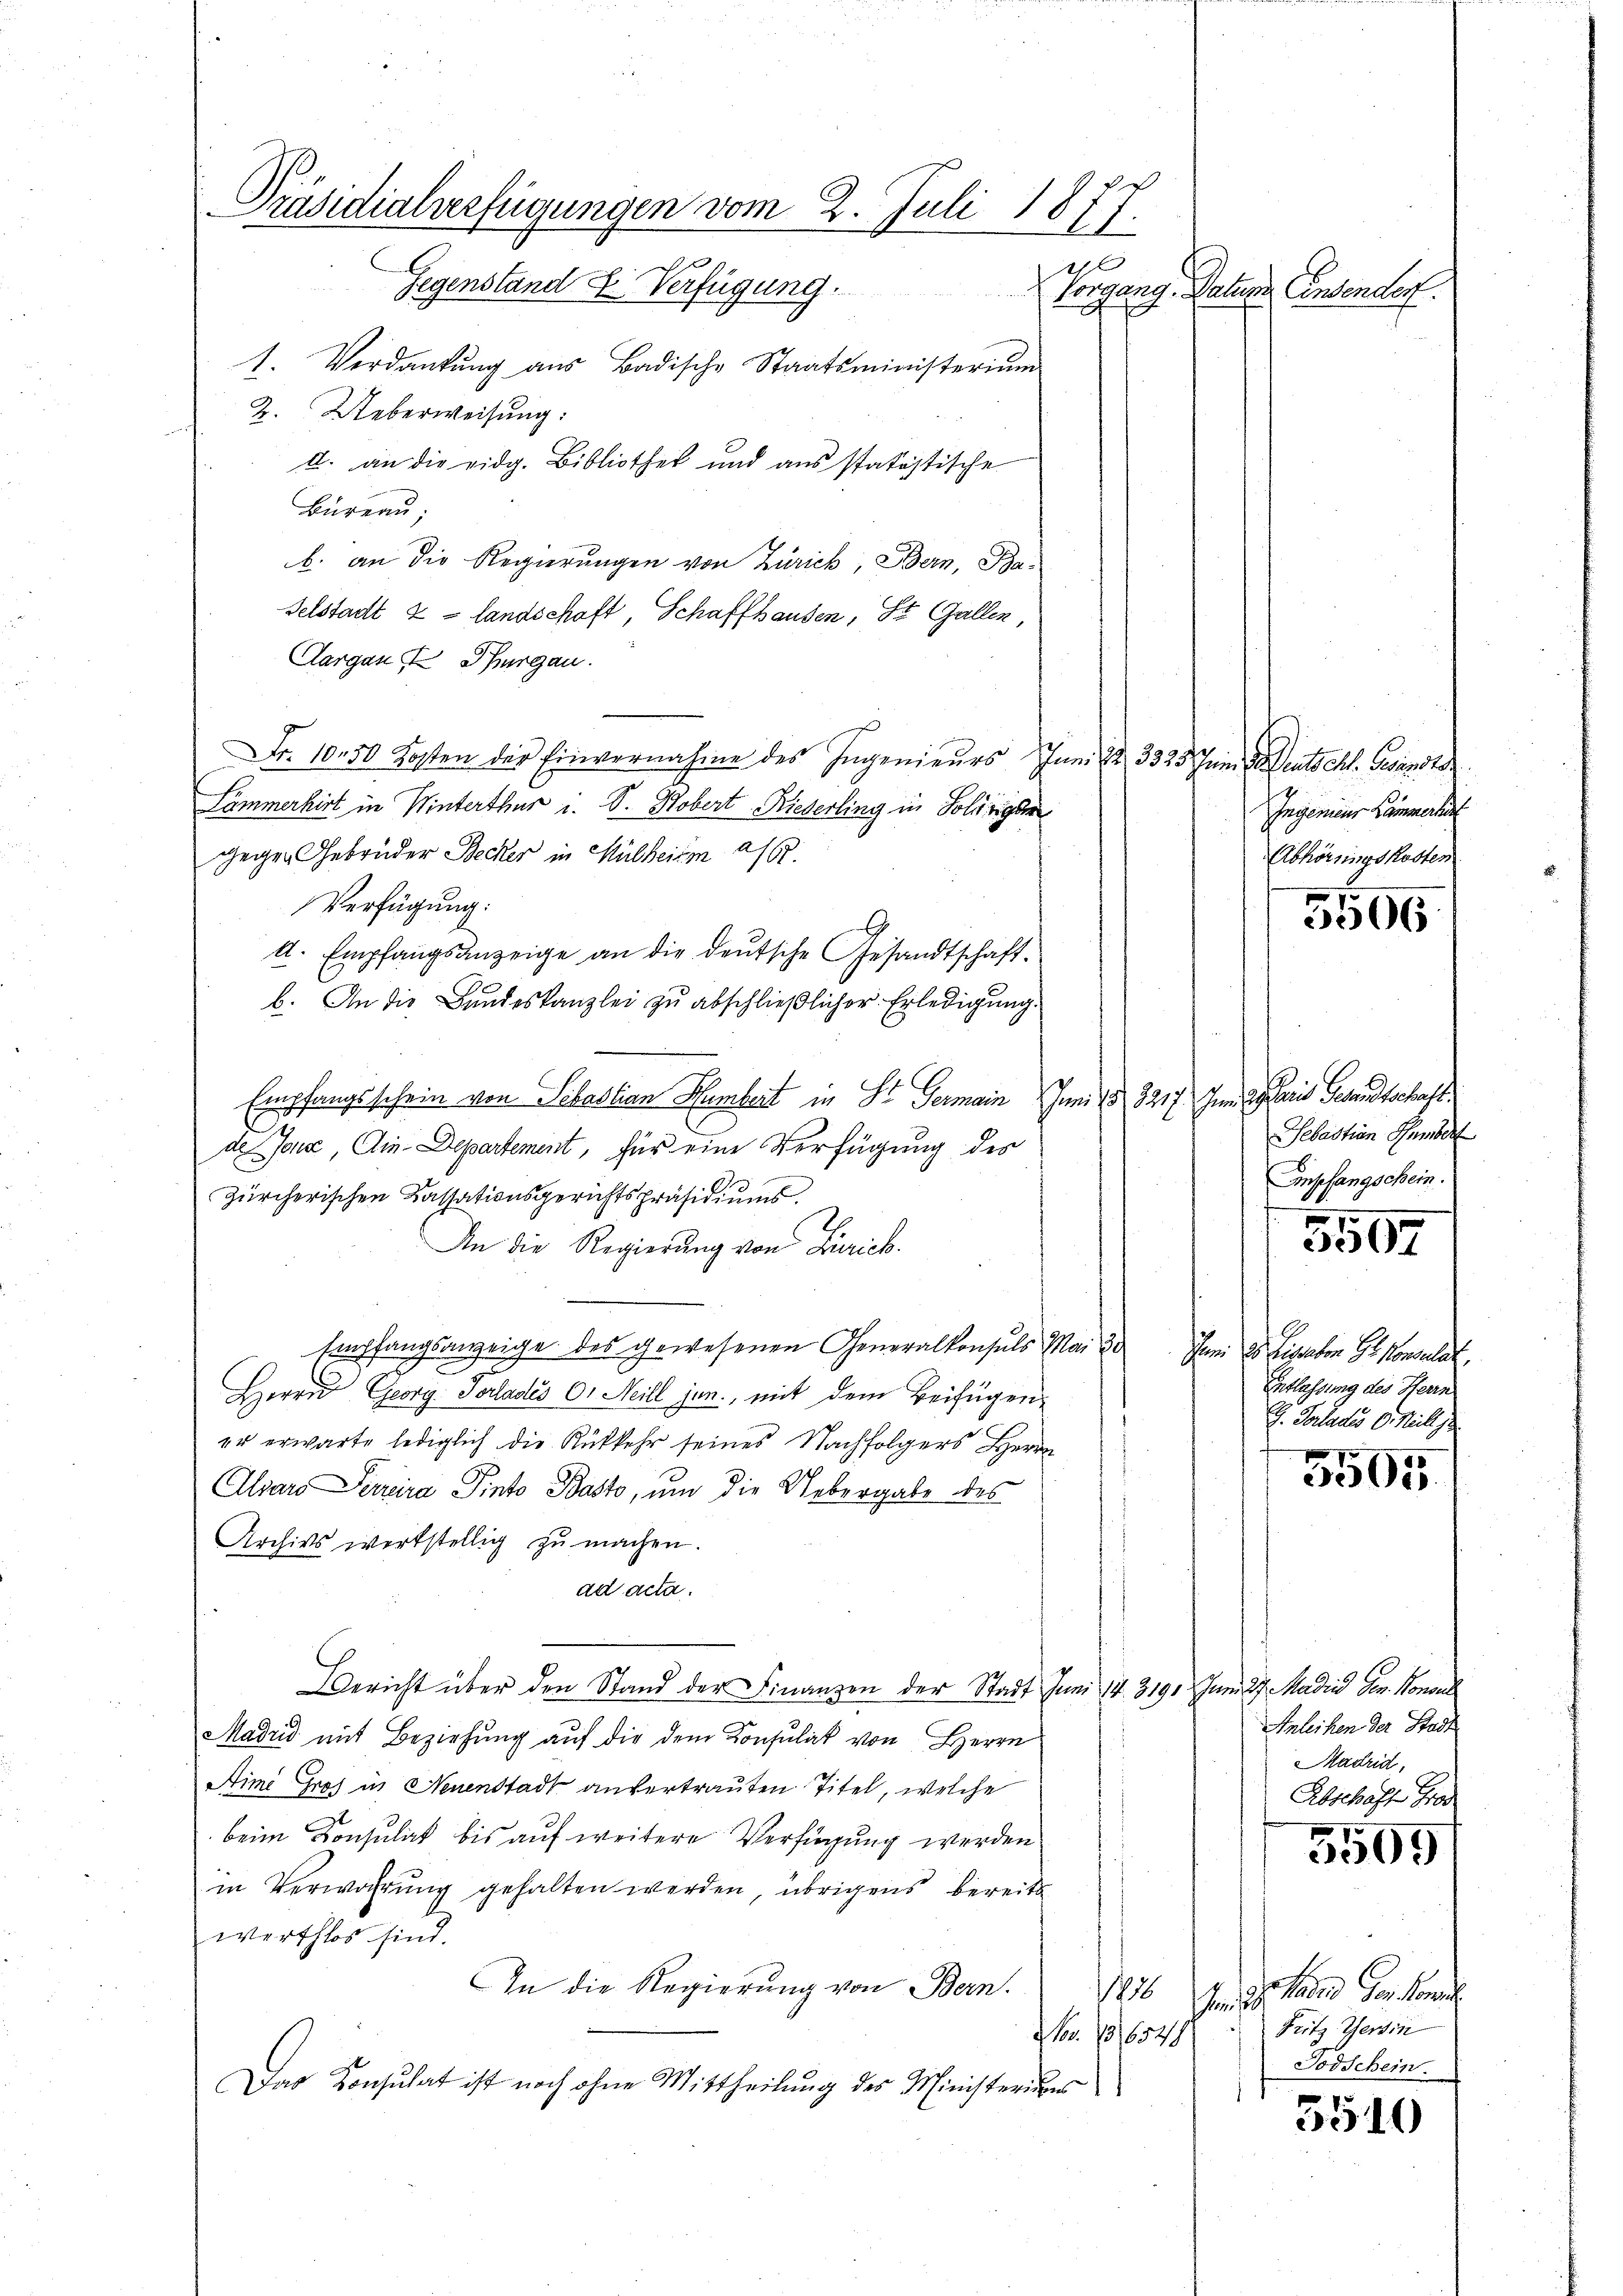
Präsidialverfügungen vom 2. Juli 1877.
x
l
Gegenstand & Verfügung.
1. Verdankung aus Badische Staatsministerium

2. Ueberweisung:
d. an die eidg. Bibliothek und aus statistische
Büreau
b. an die Regierungen von Zürich, Bern, Ba-
Felstadt & Landschaft, Schaffhausen, St. Gallen
Aargau I Thurgau.
Nr. 10.50 Kosten der Einvernahme des Ingenieurs Juni 2 3325. Juni deutschl. Gesandts
Lammerhirt in Winterthur u. S. Robert Rieserling in Soldriger
gegen Gebrüder Becker in Mülheite 216.
Verfügung:
A. Empfangsanzeige an die deutsche Gesandtschaft.
b. An die Bundeskanzlei zŭ abschließlicher Erledigung.
Empfangsschein von Sebastian Humbert in St. Germain Juni 18. 3217. Jun. Alaris Gesandtschaft
de Jone, Ain Departement, für eine Verfügung des
.
zürcherischen Kassationsgerichtspräsidiums
An die Regierung von Zürich.
Empfangsanzeige des gewesenen Generalkonsuls Mai 20. In 20. Eisgaben Gr. Konsulat,
Herrn Georg Sorlades 0. Heill jun., mit dem Beifügen
er erwarte lediglich die Rükkehr seines Nachfolgers Herrn
Alvars Perreira Pinto Basto, um die Uebergabe des
Archivs werkstellig zu machen.
ad acta.
Bericht über den Stand der Finanzen der Stadt Juni 14. 3191. Juni 27. Madii Gen. Honor
Madrid mit Beziehung auf die dem Konsulat von Herrn
Aimi Gros in Neuenstadt anvertrauten Titel, welche
beim Konsulick bis auf weitere Verfügung werden
in Verwahrung gehalten werden, übrigens bereits
werthlos sind.
In die Regierŭng von Bern. 1876 n 9. Madrid Ges. Kons
Nov. 131654
Das Konsulat ist noch ohne Mittheilung des Ministeriums

Vorgang. Natur Consender.

Ingenieur Hammerhin
Abhörringskosten

5506

Sebastian Hamber
Empfangschein.
2
3507

Entlassung des Herrn
E. Vorlades C. Mill je

5505

Anleihen der Stadt
Madrid,
Abschaft Grad

5509

Fritz Gerin
Todschein

5510